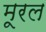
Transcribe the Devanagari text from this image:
मूरल